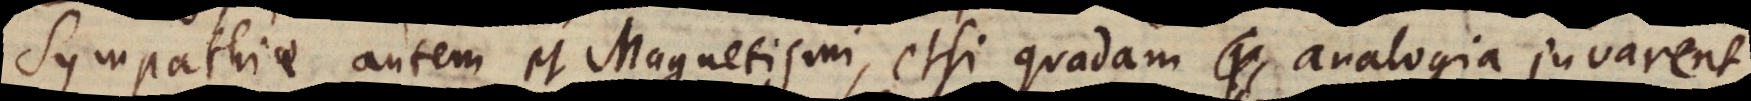
Sympathiae autem et Magnetismi, etsi quadam Analogia juvarent